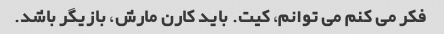
فکر می کنم می توانم، کیت. باید کارن مارش، بازیگر باشد.